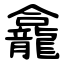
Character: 龕